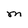
Character: M